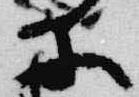
等